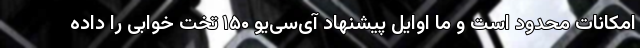
امکانات محدود است و ما اوایل پیشنهاد آی‌سی‌یو ۱۵۰ تخت خوابی را داده